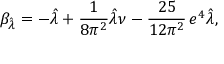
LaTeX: \beta _ { \hat { \lambda } } = - \hat { \lambda } + \frac { 1 } { 8 \pi ^ { 2 } } \hat { \lambda } \nu - \frac { 2 5 } { 1 2 \pi ^ { 2 } } \, e ^ { 4 } \hat { \lambda } ,